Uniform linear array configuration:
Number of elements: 32
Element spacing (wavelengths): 0.75
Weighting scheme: kaiser
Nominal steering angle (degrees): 45
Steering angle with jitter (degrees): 44.68
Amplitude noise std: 0.05
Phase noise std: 0.05

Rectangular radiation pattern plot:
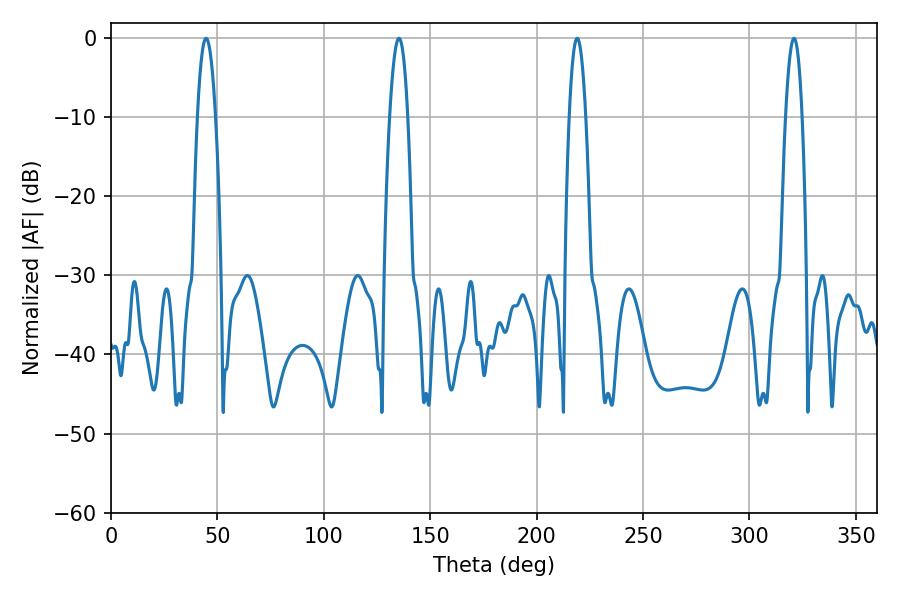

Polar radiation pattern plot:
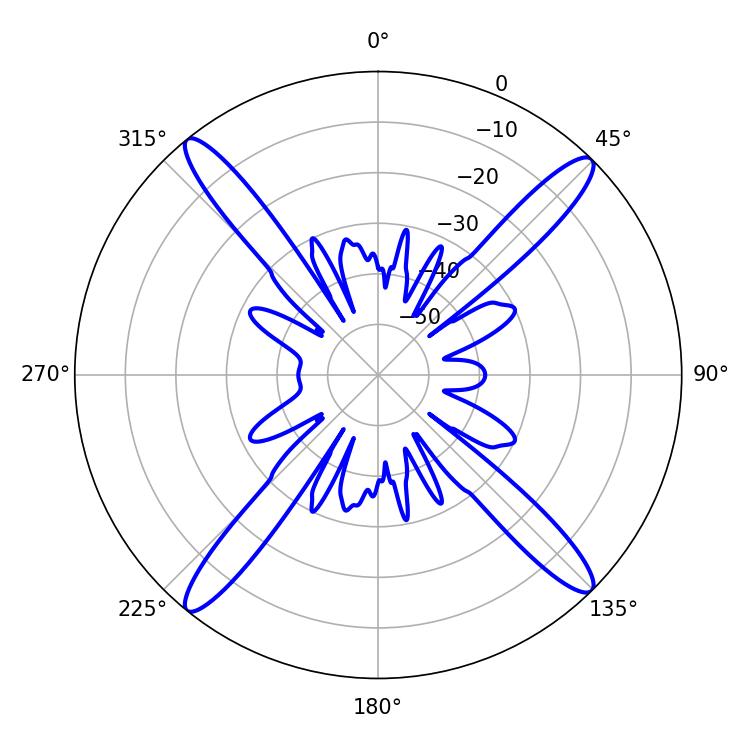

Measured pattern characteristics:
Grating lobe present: TRUE
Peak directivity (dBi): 19.481
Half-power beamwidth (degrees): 4.32
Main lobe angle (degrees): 320.94